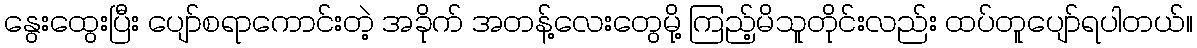
နွေးထွေးပြီး ပျော်စရာကောင်းတဲ့ အခိုက် အတန့်လေးတွေမို့ ကြည့်မိသူတိုင်းလည်း ထပ်တူပျော်ရပါတယ်။